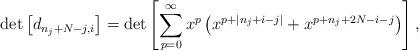
LaTeX: \begin{align*}\det\left[d_{n_{j}+N-j,i}\right] = \det\left[\sum_{p=0}^{\infty}x^{p}\left(x^{p+|n_{j}+i-j|}+x^{p+n_{j}+2N-i-j}\right)\right],\end{align*}